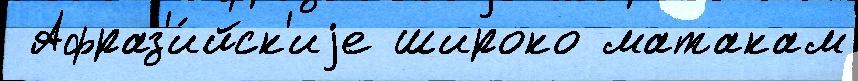
 Афраз'и́йск'иjе широко матакам